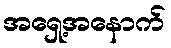
အရှေ့အနောက်